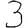
Digit: 3